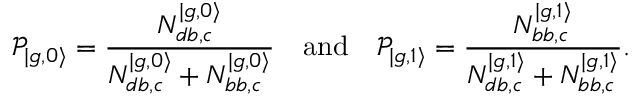
\mathcal { P } _ { | { g , 0 \rangle } } = \frac { N _ { d b , c } ^ { | g , 0 \rangle } } { N _ { d b , c } ^ { | g , 0 \rangle } + N _ { b b , c } ^ { | g , 0 \rangle } } \quad \mathrm { a n d } \quad \mathcal { P } _ { | { g , 1 \rangle } } = \frac { N _ { b b , c } ^ { | g , 1 \rangle } } { N _ { d b , c } ^ { | g , 1 \rangle } + N _ { b b , c } ^ { | g , 1 \rangle } } .